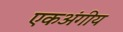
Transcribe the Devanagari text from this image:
एकअंगीय